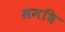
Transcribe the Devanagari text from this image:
समधि